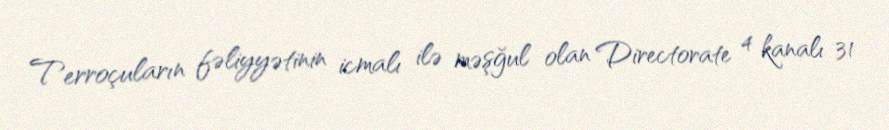
Terroçuların fəliyyətinin icmalı ilə məşğul olan Directorate 4 kanalı 31